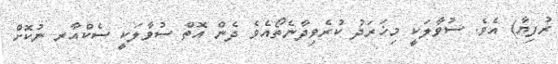
ރުފިޔާ) އެވެ. ސުވާލަކީ މިޚަރަދު ކުރެވިދާނެތޯއެވެ ދެން އޮތް ސުވާލަކީ ސެކްއާރ ނުކޮށް